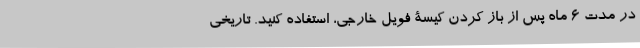
در مدت 6 ماه پس از باز کردن کیسۀ فویل خارجی، استفاده کنید. تاریخی